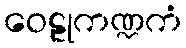
ဝေဠုကဏ္ဍကံ